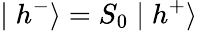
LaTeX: \mid h^{-}\rangle=S_{0}\mid h^{+}\rangle